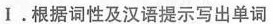
Ⅰ . 根据词性及汉语提示写出单词